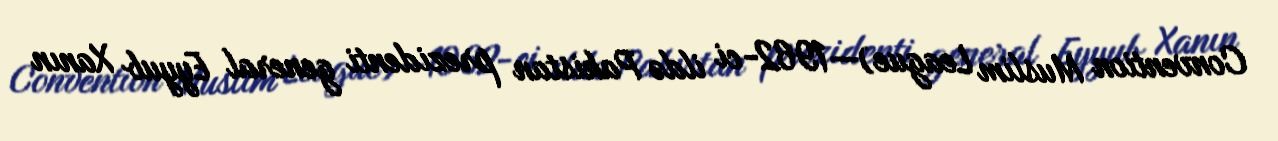
Convention Muslim League)—1962-ci ildə Pakistan prezidenti general Eyyub Xanın